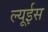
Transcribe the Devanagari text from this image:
ल्यूईस